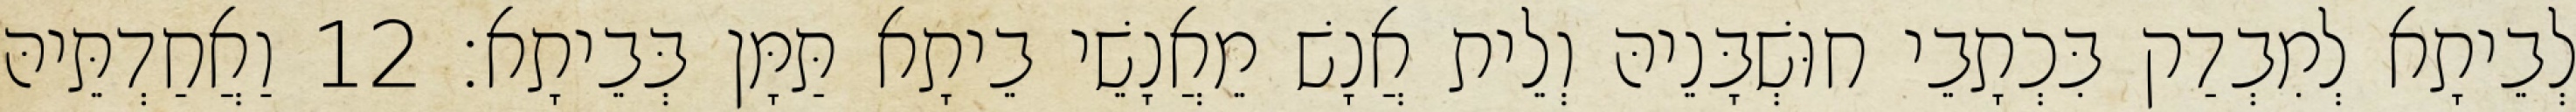
לְבֵיתָא לְמִבְדַק בִּכְתָבֵי חוּשְׁבָּנֵיהּ וְלֵית אֲנָשׁ מֵאֲנָשֵׁי בֵיתָא תַּמָּן בְּבֵיתָא׃ 12 וַאֲחַדְתֵּיהּ